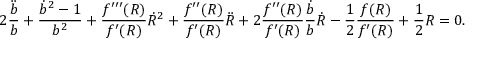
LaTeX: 2 \frac { \ddot { b } } { b } + \frac { { \dot { b } } ^ { 2 } - 1 } { b ^ { 2 } } + \frac { f ^ { \prime \prime \prime } ( R ) } { f ^ { \prime } ( R ) } \dot { R } ^ { 2 } + \frac { f ^ { \prime \prime } ( R ) } { f ^ { \prime } ( R ) } \ddot { R } + 2 \frac { f ^ { \prime \prime } ( R ) } { f ^ { \prime } ( R ) } \frac { \dot { b } } { b } \dot { R } - \frac { 1 } { 2 } \frac { f ( R ) } { f ^ { \prime } ( R ) } + \frac { 1 } { 2 } R = 0 .